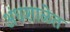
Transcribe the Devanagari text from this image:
अंधशाळेत